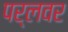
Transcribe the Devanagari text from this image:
पर्लवर